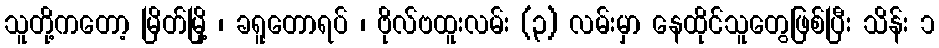
သူတို့ကတော့ မြိတ်မြို့ ၊ ခရူတောရပ် ၊ ဗိုလ်ဗထူးလမ်း (၃) လမ်းမှာ နေထိုင်သူတွေဖြစ်ပြီး သိန်း ၁